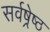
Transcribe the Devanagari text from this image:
सर्वष्रेष्ठ